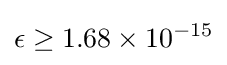
\epsilon \geq 1.68\times 10^{-15}